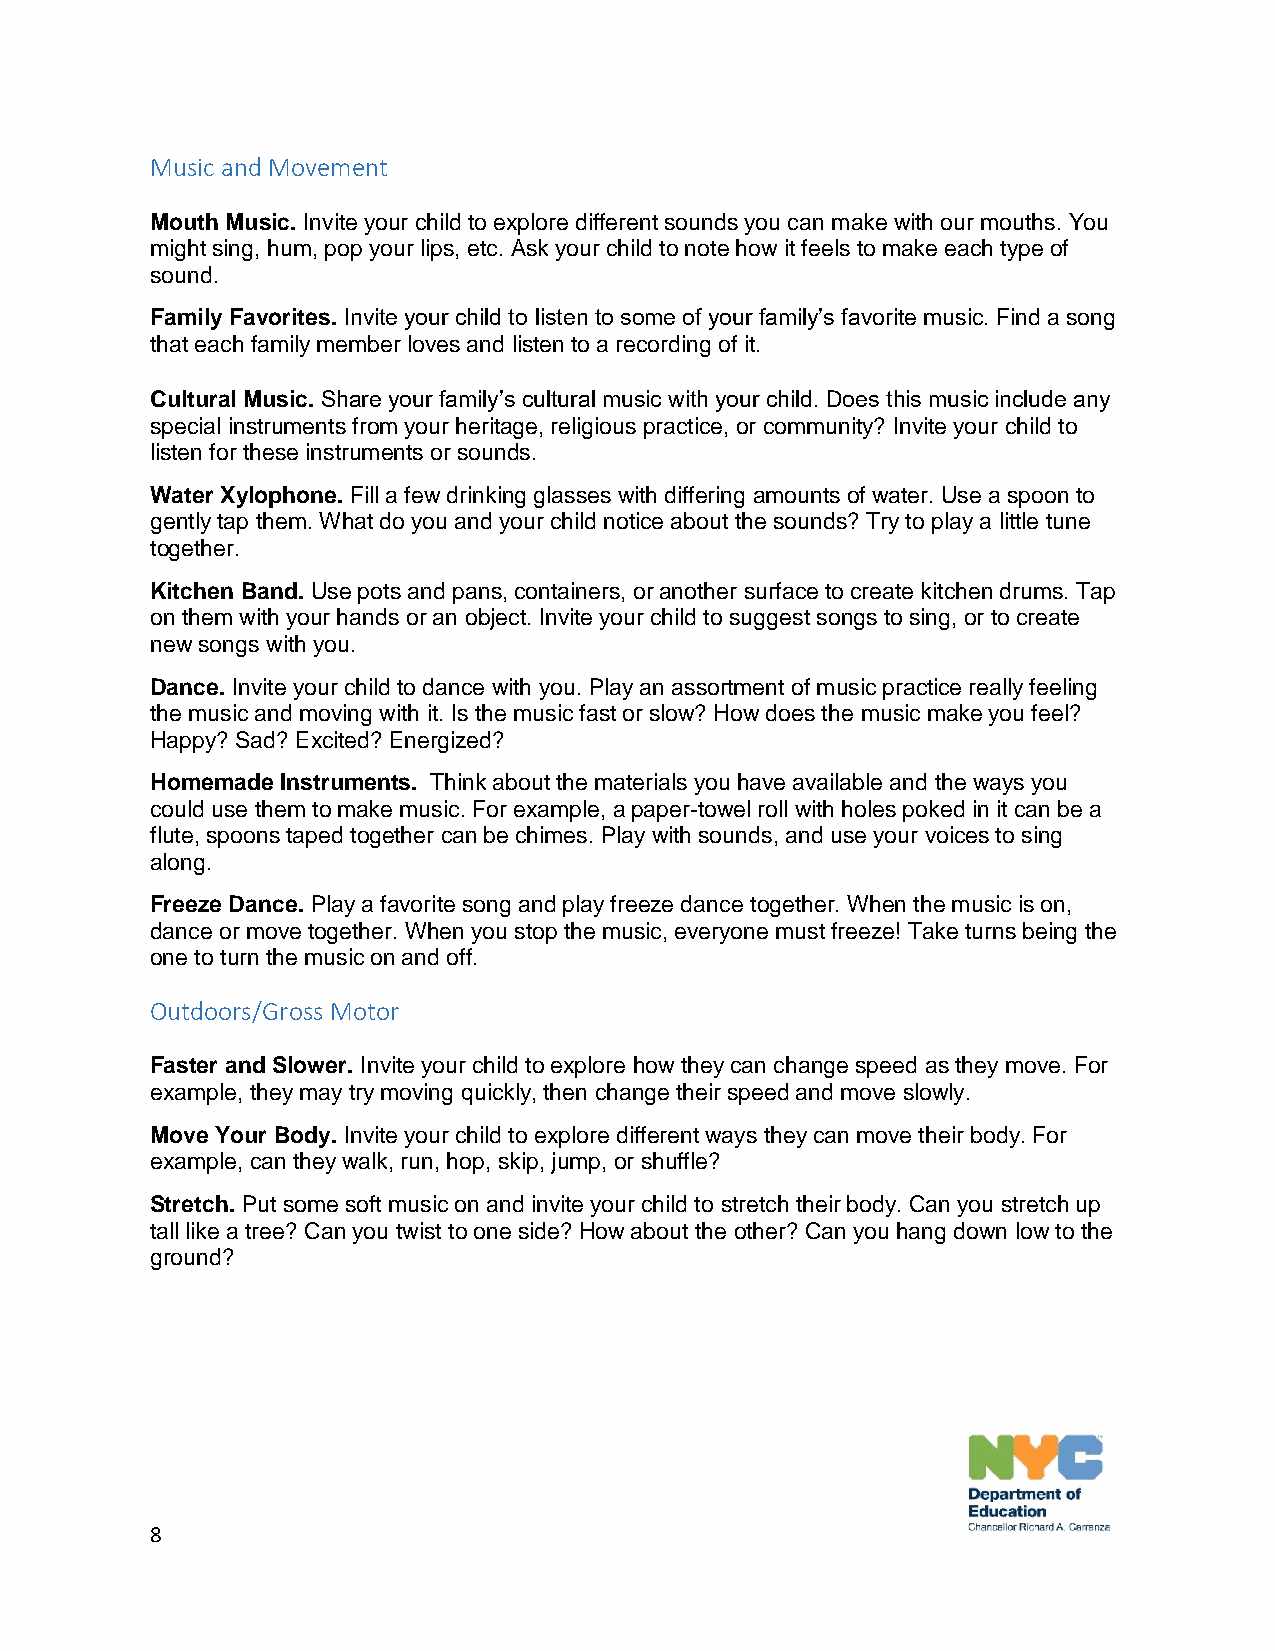
Music and Movement
 Mouth Music. Invite your child to explore different sounds you can make with our mouths. You
 might sing, hum, pop your lips, etc. Ask your child to note how it feels to make each type of
 sound.
 Family Favorites. Invite your child to listen to some of your family’s favorite music. Find a song
 that each family member loves and listen to a recording of it.
 Cultural Music. Share your family’s cultural music with your child. Does this music include any
 special instruments from your heritage, religious practice, or community? Invite your child to
 listen for these instruments or sounds.
 Water Xylophone. Fill a few drinking glasses with differing amounts of water. Use a spoon to
 gently tap them. What do you and your child notice about the sounds? Try to play a little tune
 together.
 Kitchen Band. Use pots and pans, containers, or another surface to create kitchen drums. Tap
 on them with your hands or an object. Invite your child to suggest songs to sing, or to create
 new songs with you.
 Dance. Invite your child to dance with you. Play an assortment of music practice really feeling
 the music and moving with it. Is the music fast or slow? How does the music make you feel?
 Happy? Sad? Excited? Energized?
 Homemade Instruments. Think about the materials you have available and the ways you
 could use them to make music. For example, a paper-towel roll with holes poked in it can be a
 flute, spoons taped together can be chimes. Play with sounds, and use your voices to sing
 along.
 Freeze Dance. Play a favorite song and play freeze dance together. When the music is on,
 dance or move together. When you stop the music, everyone must freeze! Take turns being the
 one to turn the music on and off.
 Outdoors/Gross Motor
 Faster and Slower. Invite your child to explore how they can change speed as they move. For
 example, they may try moving quickly, then change their speed and move slowly.
 Move Your Body. Invite your child to explore different ways they can move their body. For
 example, can they walk, run, hop, skip, jump, or shuffle?
 Stretch. Put some soft music on and invite your child to stretch their body. Can you stretch up
 tall like a tree? Can you twist to one side? How about the other? Can you hang down low to the
 ground?
 8